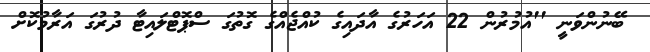
ބޭނުންވަނީ ''އުމުރުން 22 އަހަރުގެ އާދައިގެ ކުއްޖެއްގެ ގޮތުގަ ސްޕޮޓްލައިޓާ ދުރުގަ އަރާމުކޮށް